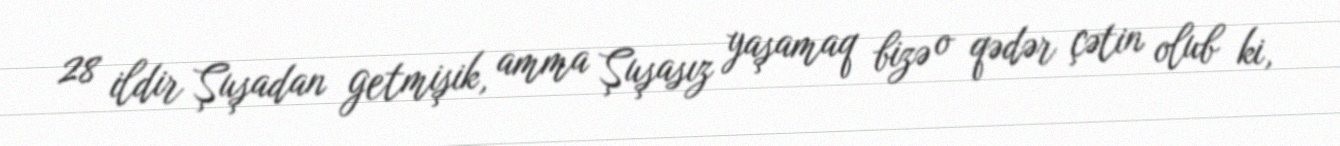
28 ildir Şuşadan getmişik, amma Şuşasız yaşamaq bizə o qədər çətin olub ki,